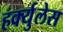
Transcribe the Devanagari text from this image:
हर्क्युलेस